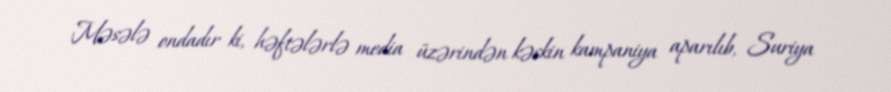
Məsələ ondadır ki, həftələrlə media üzərindən kəskin kampaniya aparılıb, Suriya